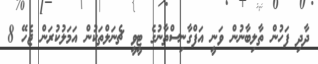
ދާދި ފަހުން ތާލިބާނުން ވަނީ އަފްގާނިސްތާނުގެ ޓީވީ ޗެނަލްތަކުން އަމަލުކުރަން ޖެހޭ 8